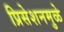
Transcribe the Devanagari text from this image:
प्रिसेशनमुळे